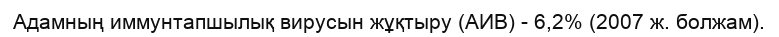
Адамның иммунтапшылық вирусын жұқтыру (АИВ) - 6,2% (2007 ж. болжам).